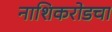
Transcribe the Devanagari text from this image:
नाशिकरोडचा